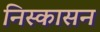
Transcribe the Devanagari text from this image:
निस्कासन